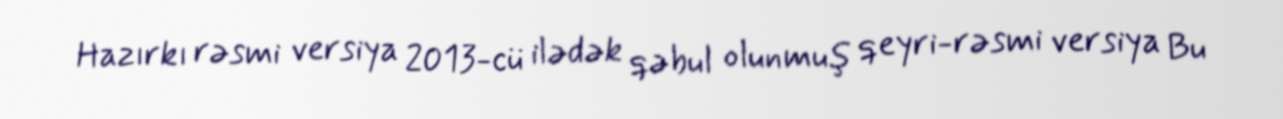
Hazırkı rəsmi versiya 2013-cü ilədək qəbul olunmuş qeyri-rəsmi versiya Bu